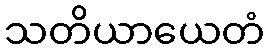
သတိယာယေတံ